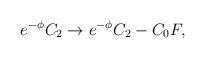
LaTeX: \begin{align*}e^{-\phi} C_2 \rightarrow e^{-\phi} C_2 -C_0 F,\end{align*}